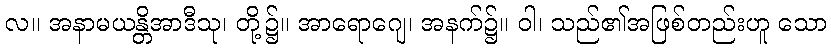
လ။ အနာမယန္တိအာဒီသု၊ တို့၌။ အာရောဂျေ၊ အနက်၌။ ဝါ၊ သည်၏အဖြစ်တည်းဟူ သော